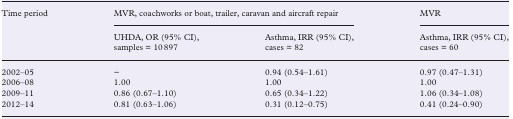
<table><thead><tr><td rowspan="2"><b>Time period</b></td><td colspan="2"><b>MVR, coachworks or boat, trailer, caravan and aircraft repair</b></td><td><b>MVR</b></td></tr><tr><td><b>UHDA, OR (95% CI), samples = 10897</b></td><td><b>Asthma, IRR (95% CI), cases = 82</b></td><td><b>Asthma, IRR (95% CI), cases = 60</b></td></tr></thead><tbody><tr><td>2002–05</td><td>−</td><td>0.94 (0.54–1.61)</td><td>0.97 (0.47–1.31)</td></tr><tr><td>2006–08</td><td>1.00</td><td>1.00</td><td>1.00</td></tr><tr><td>2009–11</td><td>0.86 (0.67–1.10)</td><td>0.65 (0.34–1.22)</td><td>1.06 (0.34–1.08)</td></tr><tr><td>2012–14</td><td>0.81 (0.63–1.06)</td><td>0.31 (0.12–0.75)</td><td>0.41 (0.24–0.90)</td></tr></tbody></table>